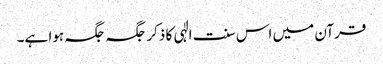
قرآن میں اس سنت الٰہی کا ذکر جگہ جگہ ہوا ہے۔